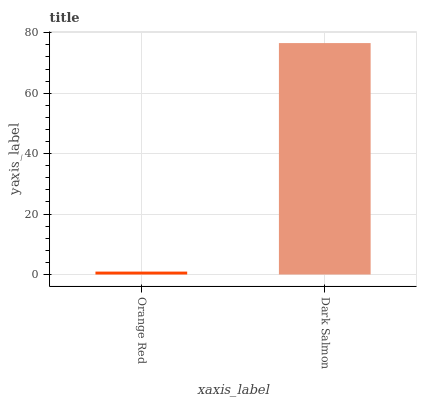
| xaxis_label | bars |
 | --- | --- |
 | Orange Red | 0.963 |
 | Dark Salmon | 76.6 |